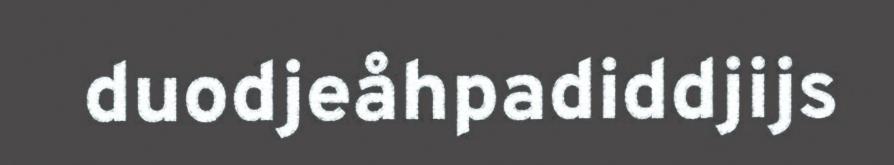
duodjeåhpadiddjijs